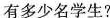
有多少名学生?